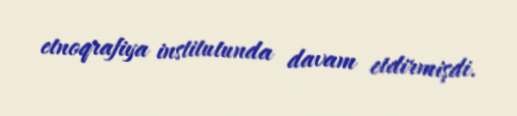
etnoqrafiya institutunda davam etdirmişdi.